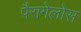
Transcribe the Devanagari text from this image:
पैरागेलोस